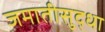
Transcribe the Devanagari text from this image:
जमातीसुद्धा